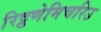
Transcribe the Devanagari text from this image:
रिट्ठणेमिचरिउ